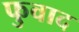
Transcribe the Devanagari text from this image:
फुवाद